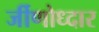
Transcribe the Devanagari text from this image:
र्जीणोध्दार